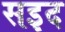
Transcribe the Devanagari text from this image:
सइद